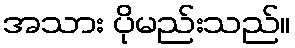
အသား ပိုမည်းသည်။